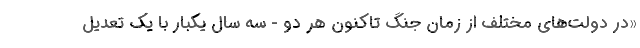
«در دولت‌های مختلف از زمان جنگ تاکنون هر دو - سه سال یکبار با یک تعدیل